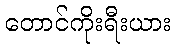
တောင်ကိုးရီးယား